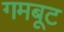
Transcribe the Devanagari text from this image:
गमबूट